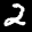
Label: 2